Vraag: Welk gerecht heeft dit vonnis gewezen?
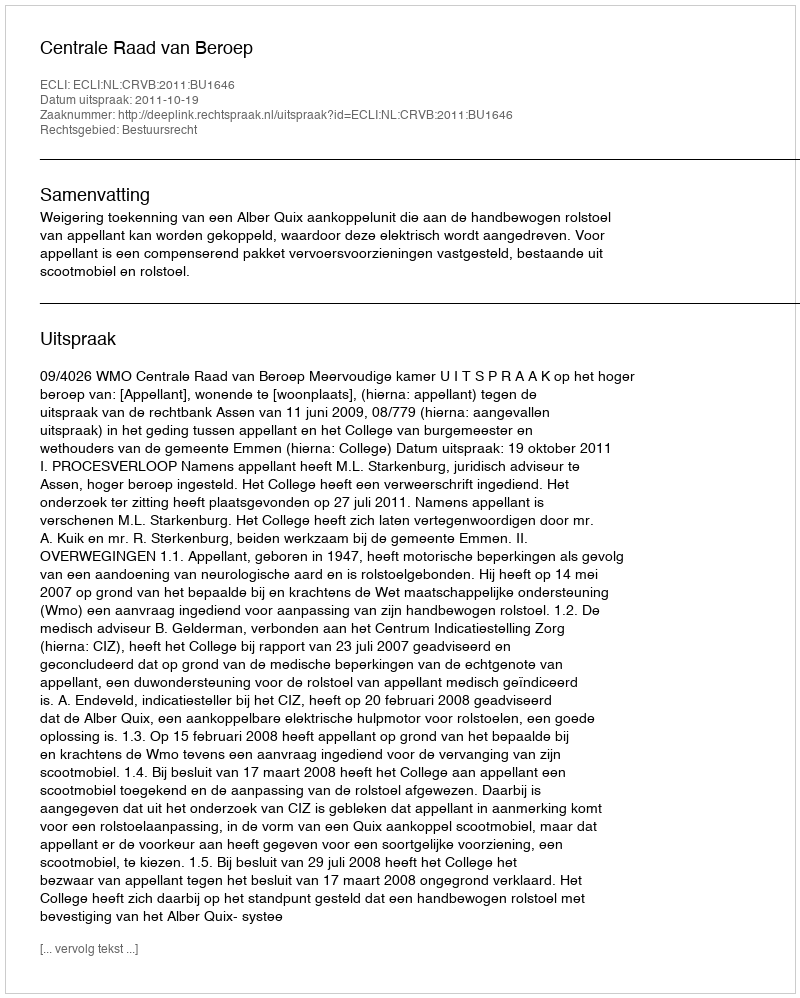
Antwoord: Centrale Raad van Beroep